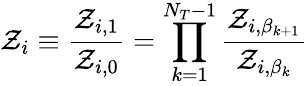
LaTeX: \mathcal{Z}_{i}\equiv\frac{\mathcal{Z}_{i,1}}{\mathcal{Z}_{i,0}}=\prod_{k=1}^{N_{T}-1}\frac{\mathcal{Z}_{i,\beta_{k+1}}}{\mathcal{Z}_{i,\beta_{k}}}